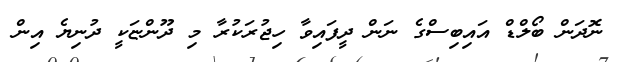
ނޮދަން ބޯލްޑް އައިބިސްގެ ނަން ދީފައިވާ ހިޖުރަކުރާ މި ދޫންޏަކީ ދުނިޔެ އިން